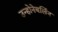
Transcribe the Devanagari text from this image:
उन्होनेबर्लिन